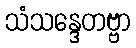
သံသန္ဒေတဗ္ဗာ